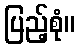
ပြည့်စုံ။